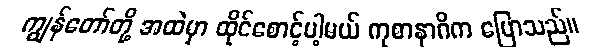
ကျွန်တော်တို့ အထဲမှာ ထိုင်စောင့်ပါ့မယ် ကုစာနာဂိက ပြောသည်။